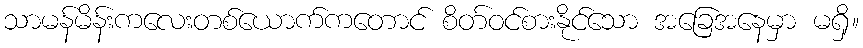
သာမန်မိန်းကလေးတစ်ယောက်ကတောင် စိတ်ဝင်စားနိုင်သော အခြေအနေမှာ မရှိ။